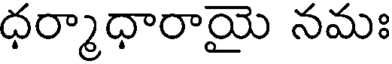
ధర్మాధారాయై నమః